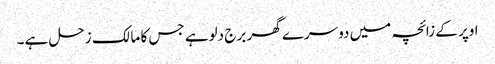
اوپر کے زائچہ میں دوسرے گھر برج دلوہے جس کا مالک زحل ہے۔